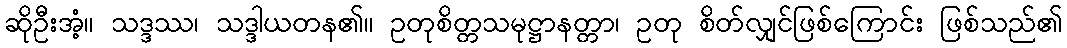
ဆိုဦးအံ့။ သဒ္ဒဿ၊ သဒ္ဒါယတန၏။ ဥတုစိတ္တသမုဋ္ဌာနတ္တာ၊ ဥတု စိတ်လျှင်ဖြစ်ကြောင်း ဖြစ်သည်၏